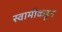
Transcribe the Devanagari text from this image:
स्वामीकडून